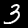
Label: 3